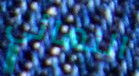
النهائي